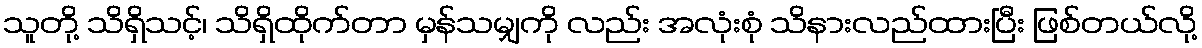
သူတို့ သိရှိသင့်၊ သိရှိထိုက်တာ မှန်သမျှကို လည်း အလုံးစုံ သိနားလည်ထားပြီး ဖြစ်တယ်လို့